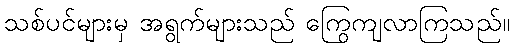
သစ်ပင်များမှ အရွက်များသည် ကြွေကျလာကြသည်။